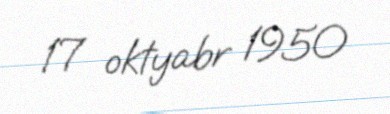
17 oktyabr 1950